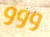
ووو